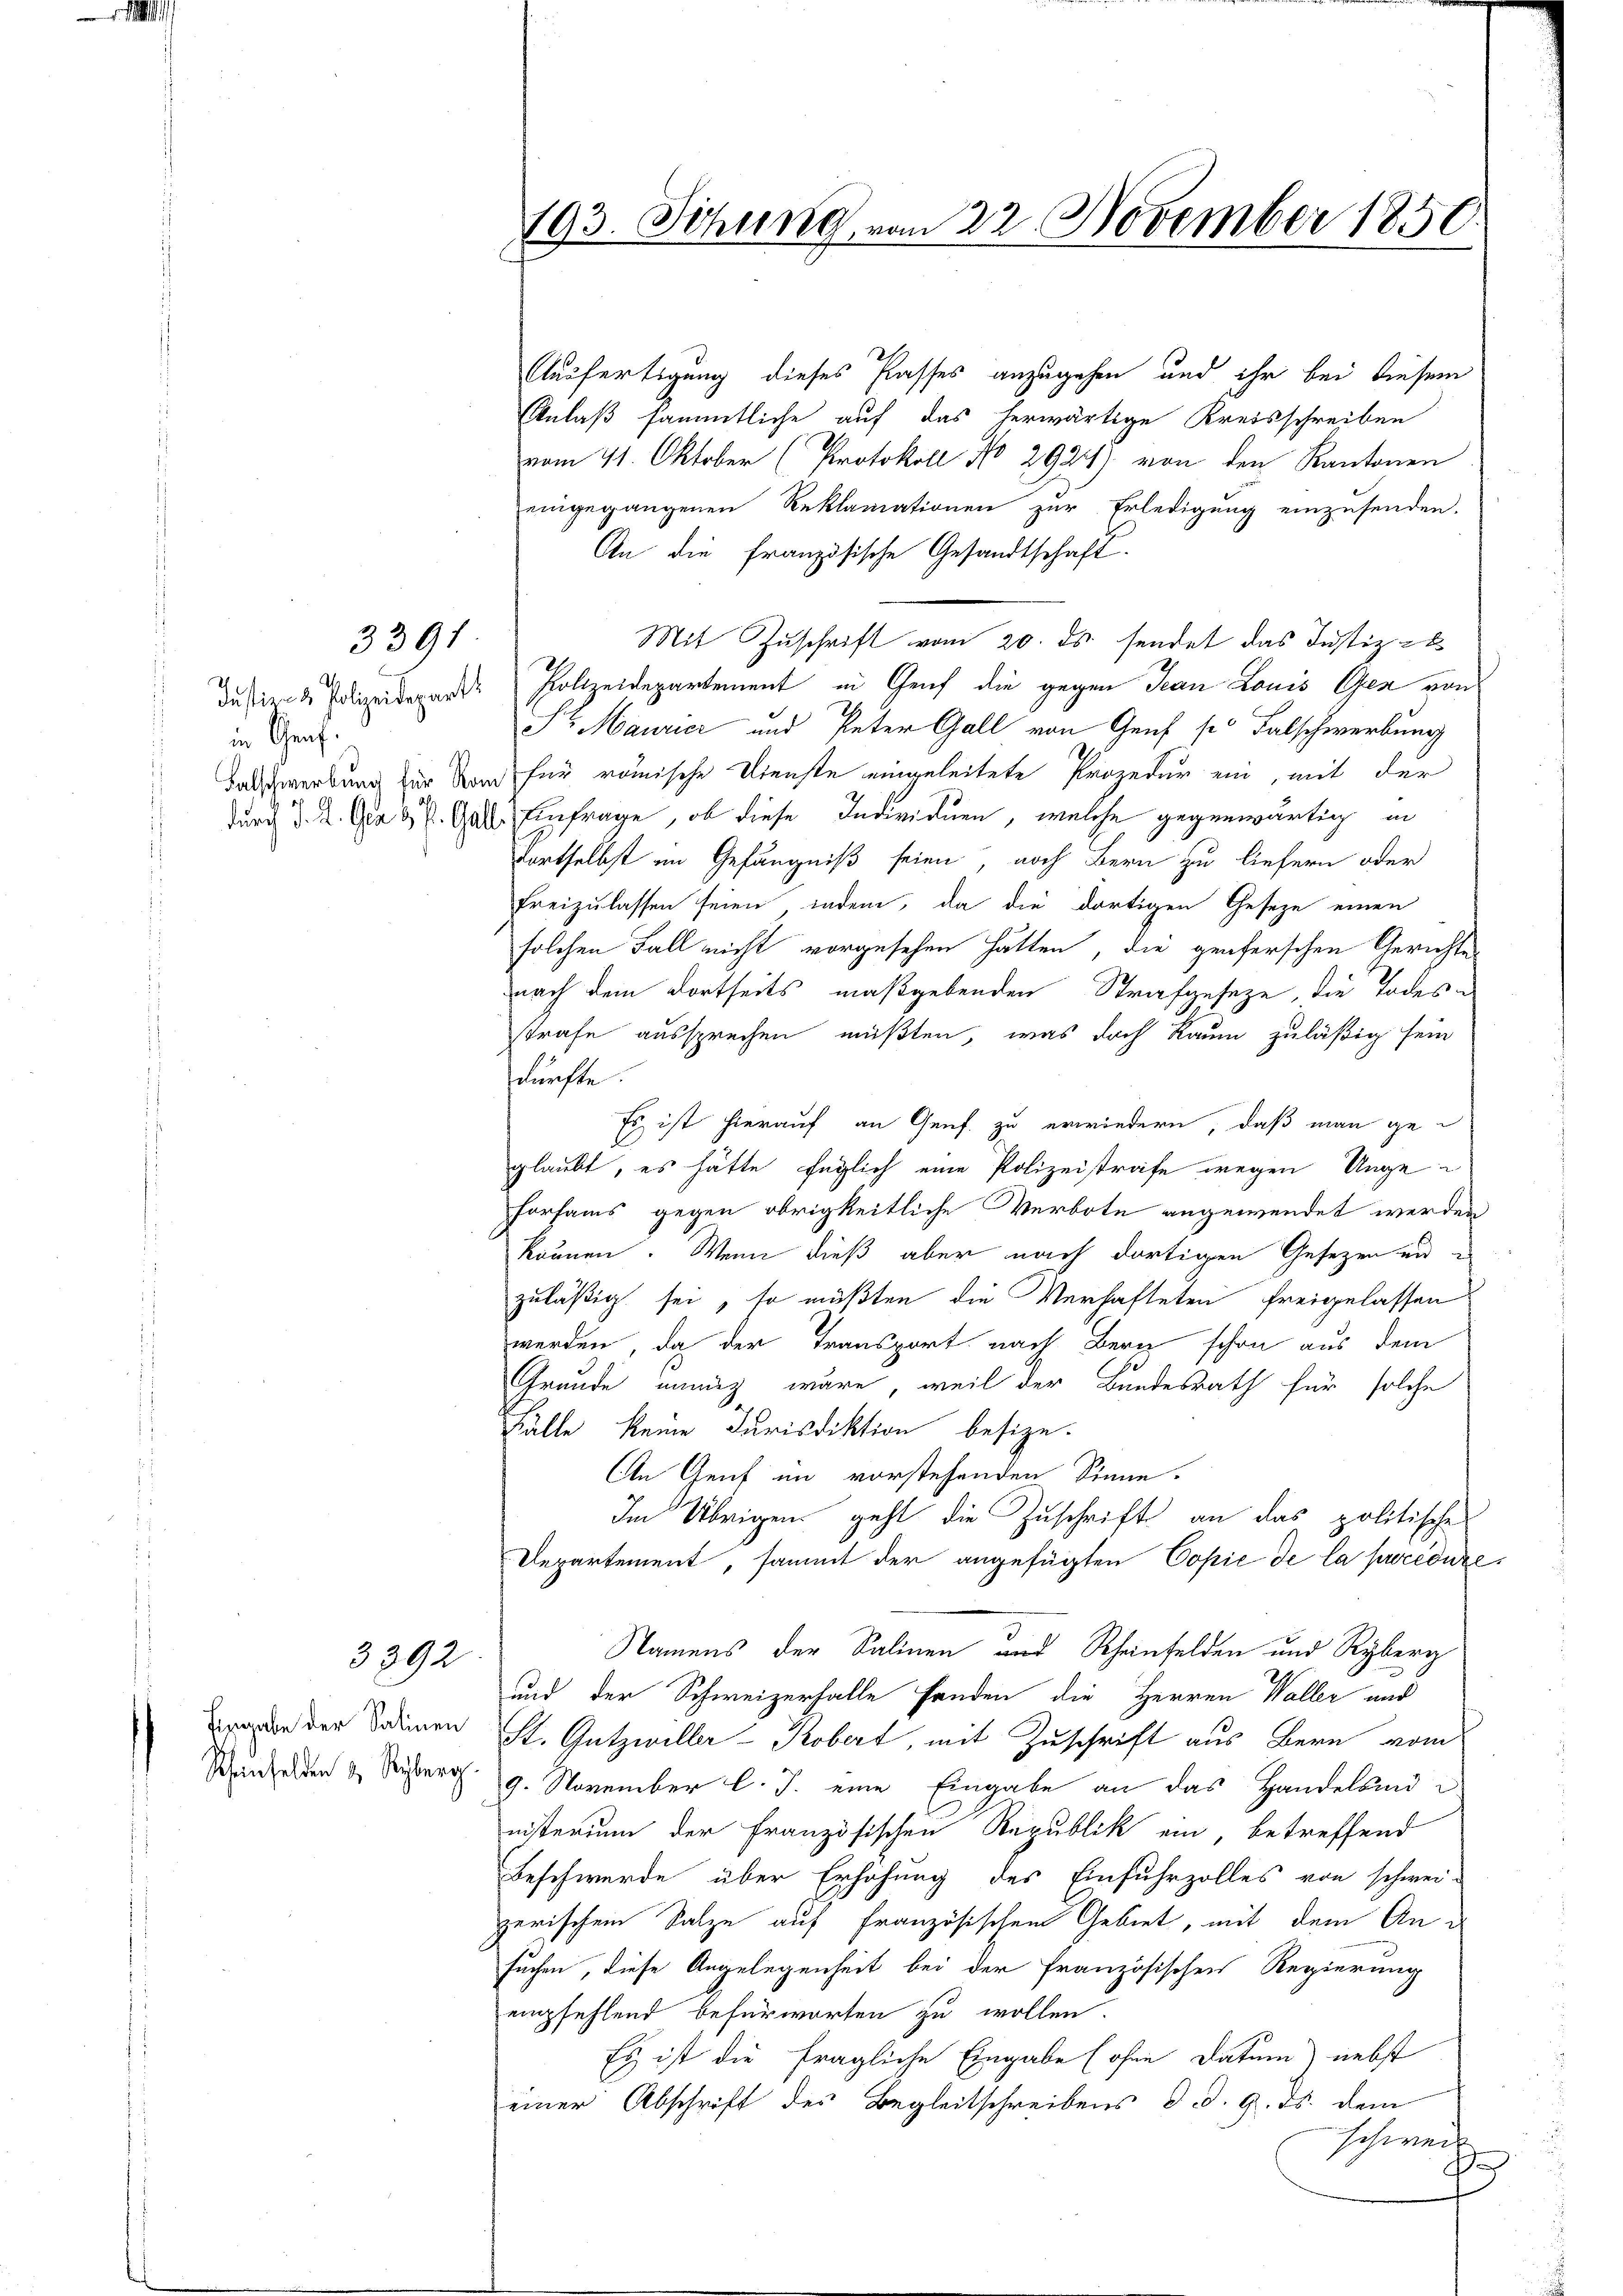
in Graf

3391

3392

Eingabe der Salinen
Scheinfelden & Reyberg.

Ausfertigung dieses Passes anzugehen und ihr bei diesem
Anlaß sämmtliche auf das herwärtige Kreisschreiben
vom 11. Oktober (Protokoll No 292) von den Kantonen
eingegangenen Reklamationen zur Erledigung einzusenden.
An die französische Gesandtschaft.
Mit Zuschrift vom 20. ds. sendet das Justiz-
dassende Polizeideparte Polizeidepartement in Genf die gegen Jean Louis Gfen von
Sr Maurier und Peter Gall von Genf sei Falschwerbung
Barschwerbung für Man für römische Dienste eingeleitete Prozedur ein, mit der
durch d. 2. Grad. Galle Einfrage, ob diese Individuen, welche gegenwärtig in
Fortselbst im Gefängniß seien, noch Bern zu liefern oder
freizulassen seien, indem, da die dortigen Geseze einen
solchen Fall nicht vorgesehen hätten, die geiferschen Gerichte
nach dem dortseits maßgebenden Strafgeseze, die Todesstrafe aussprechen müßten, was doch Raum zuläßig sein
dürfte.
Es ist hierauf an Genf. zu erwiedern, daß man geglaubt, es hätte füglich eine Polizeistrafe wegen Unge¬
Forsams gegen obrigkeitliche Verbote angewendet werden
können. Wenn dieß aber nach dortigen Gesetzen unzuläßig sei, so müßten die Verhafteten freigelassen
werden, da der Transport nach Bern schon aus dem
Gründe innig wäre, weil der Bundesrath für solche
Fälle keine Jurisdiktion besize.
In Genf in vorstehenden Sinne.
Im Übrigen geht die Zuschrift an das politisches
Departement, sammt der angefügten Copie de la procédure¬
Namens der Salinen und Rheinfelden und Ryberg
und der Schweizerfalle fanden die Herren Waller und
St. Gutzwiller-Kobert, mit Zuschrift aus Bern vom
9. November l. J. eine Eingabe an das Handelsund
nisterium der Französischen Republik ein, betreffend
Beschwerde über Erhöhung des Einfuhrzolles von schwei-
zerischen Salze auf französischen Gebiet, mit dem Ansuchen, diese Angelegenheit bei der französischen Regierung
empfehlend befürworten zu wollen.
Es ist die fragliche Eingabe (ohne Datum) nebst
einer Abschrift des Begleitschreibens d. d. 9. ds. dem
schweise
f

193. Sitzung vom 22. November 1850.